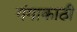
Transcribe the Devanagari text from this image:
गंगाकाठी